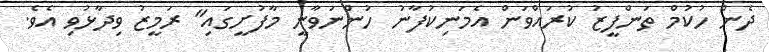
ދެން ހުކުމް ތަންފީޒު ކުރައްވަން އެމަނިކުފާނު ހުންނަވާނީ މާފުށީގައި" ރަމީޒު ވިދާޅުވި އެވެ.